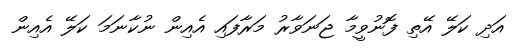
އަދި ކަލޭ އޭތި ފޮނުވީމާ ޖަނަވާރު މަރާފައި އެއިން ނުކާނަމަ ކަލޭ އެއިން